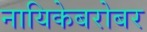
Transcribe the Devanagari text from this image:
नायिकेबरोबर